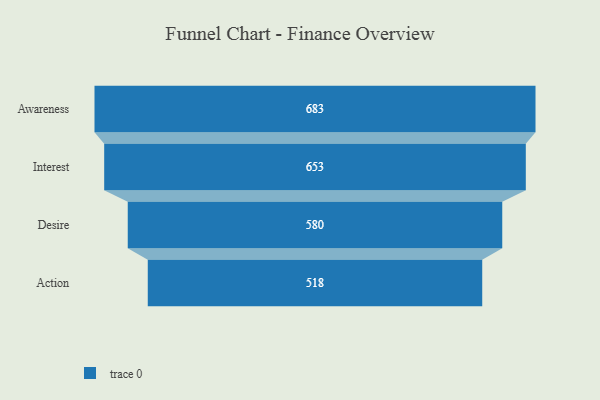
{"axis": {"x": "Stage", "y": "Value"}, "legend": [""], "data": [{"x": "Awareness", "y": 683.0, "type": ""}, {"x": "Interest", "y": 653.0, "type": ""}, {"x": "Desire", "y": 580.0, "type": ""}, {"x": "Action", "y": 518.0, "type": ""}]}